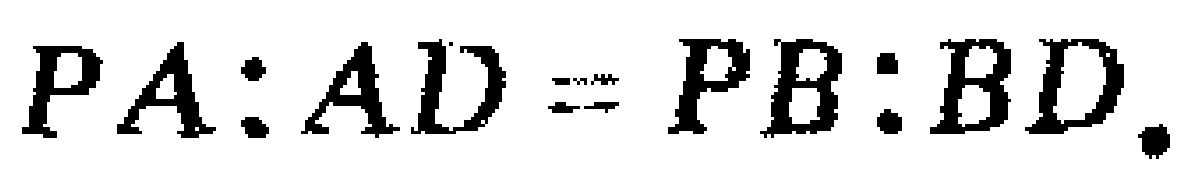
$PA:AD = PB:BD.$